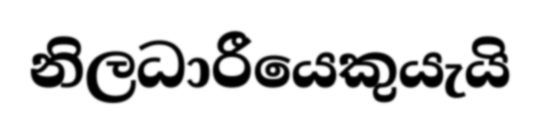
නිලධාරීයෙකුයැයි